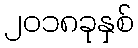
၂၀၁၈ခုနှစ်